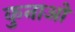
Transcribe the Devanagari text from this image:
कुनाओ